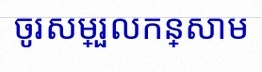
ចូរសម្រួលកន្សោម